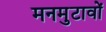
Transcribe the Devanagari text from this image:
मनमुटावों